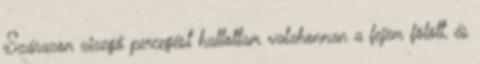
Szárazon zizegő percegést hallottam valahonnan a fejem fölött, és